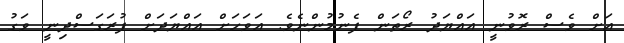
އަށް ވެސް ރޮވުނީ އައްޔަދު ރޯތަން ފެނުމުންނެވެ. އަވަހަށް އައްޔަދަށް ފުރަގަސްދިނީ ވަގު